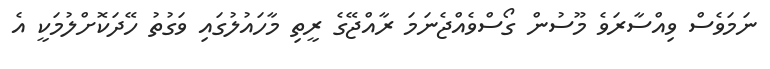
ނަމަވެސް ވިއްސާރަވެ މޫސުން ގޯސްވެއްޖެނަމަ ރާއްޖޭގެ ރީތި މާހައުލުގައި ވަގުތު ހޭދަކޮށްލުމަކީ އެ